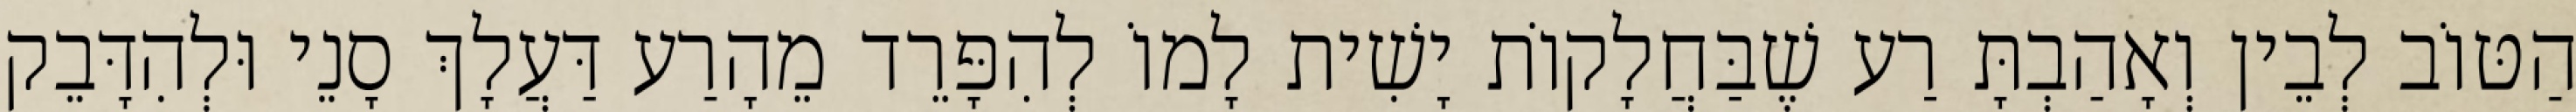
הַטּוֹב לְבֵין וְאָהַבְתָּ רַע שֶׁבַּחֲלָקוֹת יָשִׁית לָמוֹ לְהִפָּרֵד מֵהָרַע דַּעֲלָךְ סָנֵי וּלְהִדָּבֵק